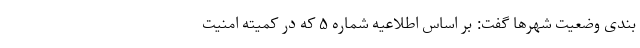
بندی وضعیت شهر‌ها گفت: بر اساس اطلاعیه شماره ۵ که در کمیته امنیت